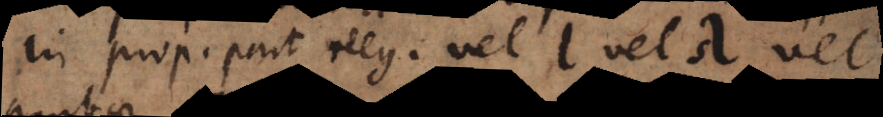
In prop. part. neg. vel l vel λ vel